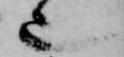
也